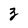
Character: 3